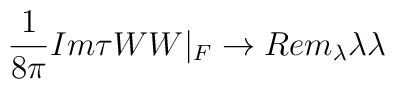
{1 \over 8 \pi} Im \tau WW|_F \rightarrow Re m_\lambda \lambda \lambda